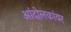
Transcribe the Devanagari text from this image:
आंदोलकांवर